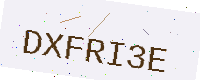
Text: DXFRI3E